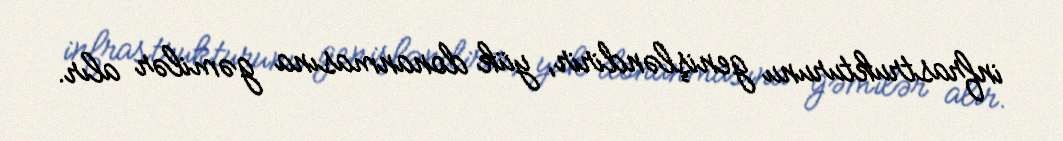
infrastrukturunu genişləndirir, yük donanmasına gəmilər alır.